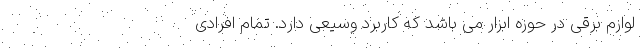
لوازم برقی در حوزه ابزار می باشد که کاربرد وسیعی دارد. تمام افرادی